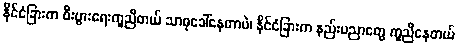
နိုင်ငံခြားက စီးပွားရေးကူညီတယ် သာဓုခေါ်နေတာပဲ၊ နိုင်ငံခြားက နည်းပညာတွေ ကူညီနေတယ်